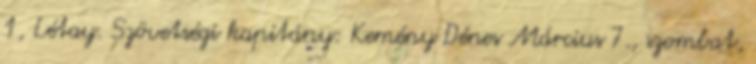
1, Létay. Szövetségi kapitány: Kemény Dénes Március 7., szombat,